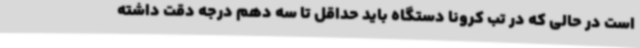
است در حالی که در تب کرونا دستگاه باید حداقل تا سه دهم درجه دقت داشته